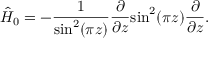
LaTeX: \hat { H } _ { 0 } = - \frac { 1 } { \mathrm { s i n } ^ { 2 } ( \pi z ) } \frac { \partial } { \partial z } \mathrm { s i n } ^ { 2 } ( \pi z ) \frac { \partial } { \partial z } .